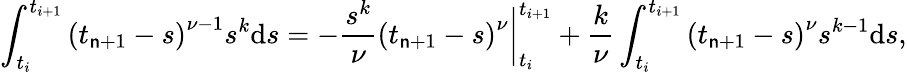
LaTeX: \int_{t_{i}}^{t_{i+1}}{{{(t_{\mathsf{n}+1}-s)}^{\nu-1}}{{s}^{k}}\mathrm{{d}}s}=-\frac{{{{s}^{k}}}}{{\nu}}{{(t_{\mathsf{n}+1}-s)}^{\nu}}\bigg|_{t_{i}}^{t_{i+1}}+\frac{{k}}{{\nu}}\int_{t_{i}}^{t_{i+1}}{{{(t_{\mathsf{n}+1}-s)}^{\nu}}{{s}^{k-1}}\mathrm{{d}}s},